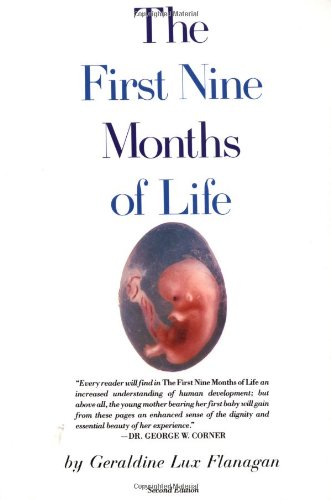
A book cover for The First Nine Months of Life; Geraldine Lux Flanagan; Medical Books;